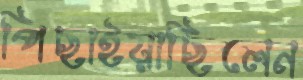
পিছাইয়াছিলেন